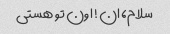
سلام، ان! اون تو هستی